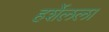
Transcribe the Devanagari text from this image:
हर्शेलला